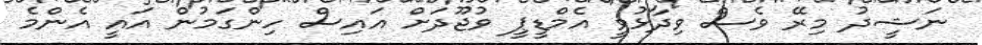
ނަޝީދު މިރޭ ވެސް ވިދާޅުވީ އެމްޑީޕީ ވުޖޫދަށް އައިސް ހިންގަމުން އައީ އެންމެ